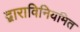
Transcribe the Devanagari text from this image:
द्वाराविनियमित